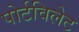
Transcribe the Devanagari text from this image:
पोर्टविलेट